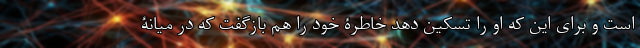
است و برای این که او را تسکین دهد خاطرۀ خود را هم بازگفت که در میانۀ